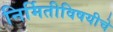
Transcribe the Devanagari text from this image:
निर्मितीविषयीचे